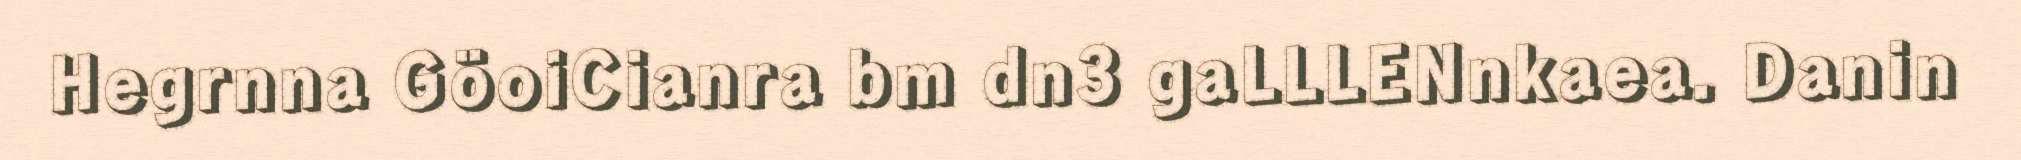
Hegrnna GöoiCianra bm dn3 gaLLLENnkaea. Danin